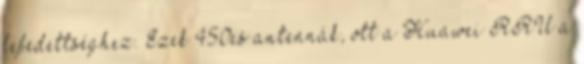
lefedettséghez. Ezek 450es antennák, ott a Huawei RRU a